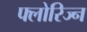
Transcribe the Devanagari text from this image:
फ्लोरिज्न